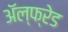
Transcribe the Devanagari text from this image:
अॅल्फ्रेड